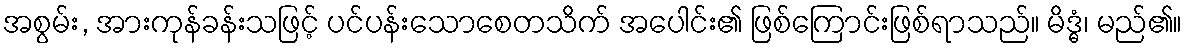
အစွမ်း, အားကုန်ခန်းသဖြင့် ပင်ပန်းသောစေတသိက် အပေါင်း၏ ဖြစ်ကြောင်းဖြစ်ရာသည်။ မိဒ္ဓံ၊ မည်၏။